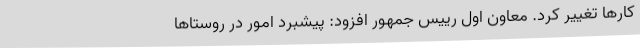
کارها تغییر کرد. معاون اول رییس جمهور افزود: پیشبرد امور در روستاها